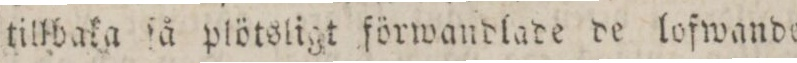
tillbaka ſå plötsligt förwandlade de lofwande